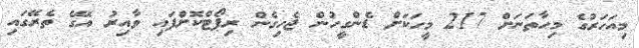
މިއަހަރުގެ މިހާތަނަށް 217 މީހަކަށް ޑެންގީހުން ޖެހިގެން ރިޕޯޓްކޮށްފައި ވާއިރު އޭގެ ތެރޭގައި